Western US Event
Agency: Department of War
Incident date: 2023
Incident location: Western United States
Page 4
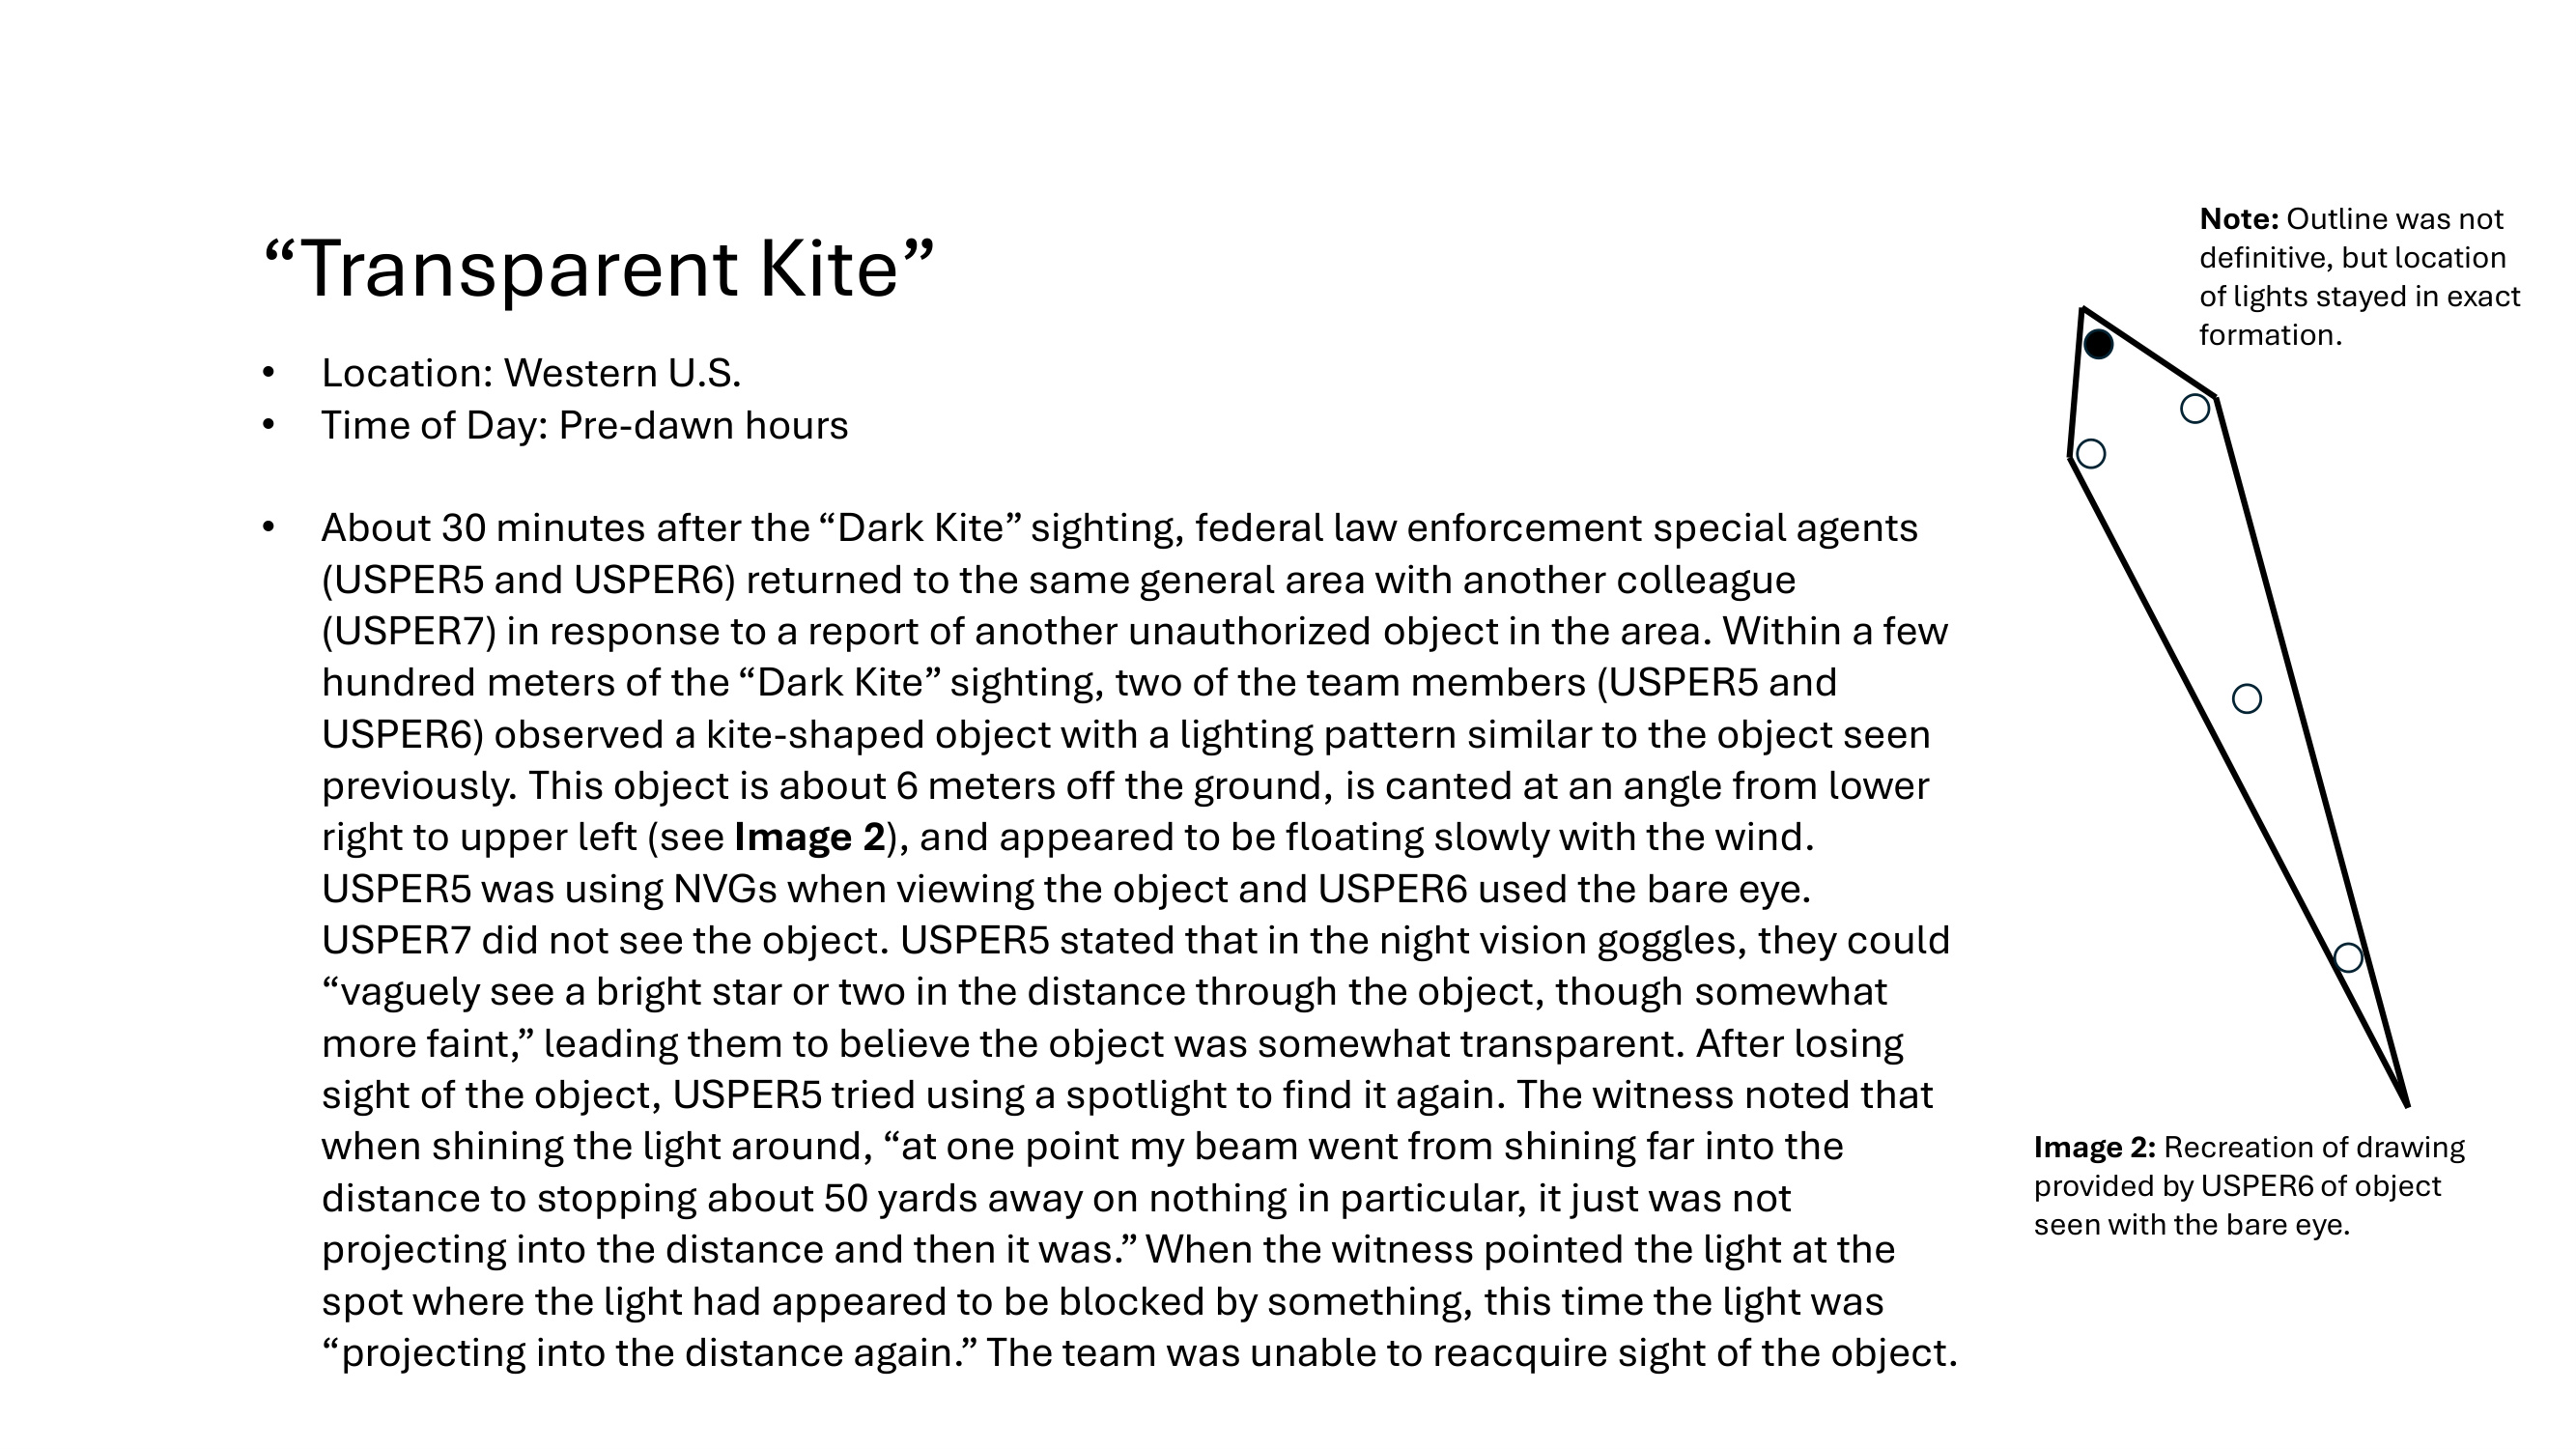